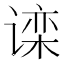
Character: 𬤗